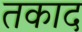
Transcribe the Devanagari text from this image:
तकाद